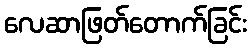
လေဆာဖြတ်တောက်ခြင်း